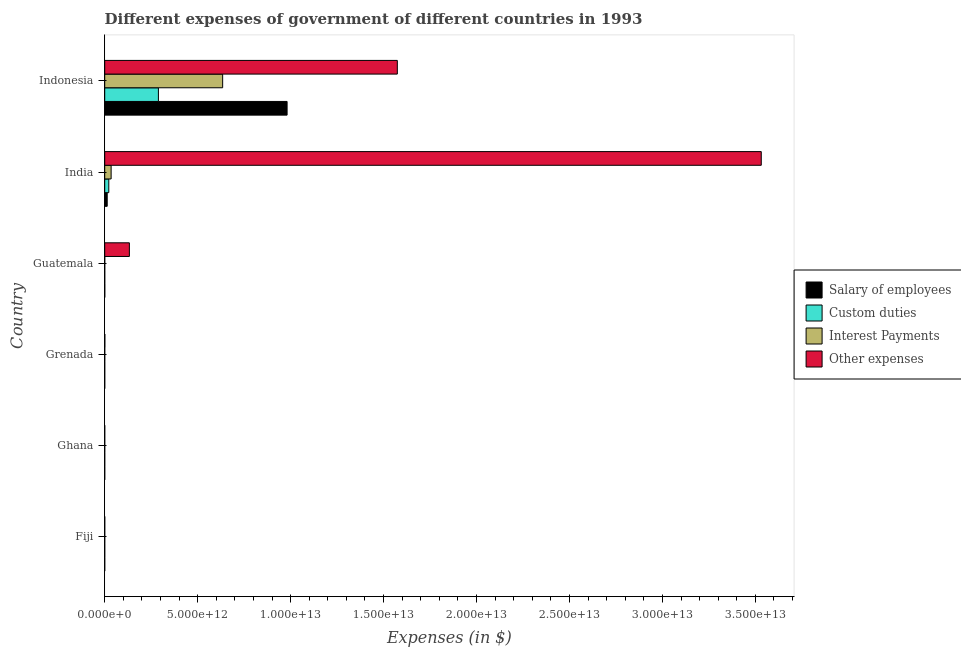
| Country | Salary of employees | Custom duties | Interest Payments | Other expenses |
 | --- | --- | --- | --- | --- |
 | Fiji | 3.17e+08 | 3.31e+08 | 7.14e+07 | 6.96e+08 |
 | Ghana | 2.28e+07 | 1.33e+07 | 1.35e+07 | 1.56e+08 |
 | Grenada | 1.02e+08 | 3e+07 | 1.41e+07 | 5.54e+09 |
 | Guatemala | 2.27e+09 | 1.13e+09 | 5.79e+08 | 1.33e+12 |
 | India | 1.34e+11 | 2.19e+11 | 3.45e+11 | 3.53e+13 |
 | Indonesia | 9.81e+12 | 2.89e+12 | 6.34e+12 | 1.57e+13 |